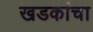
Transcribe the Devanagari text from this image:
खडकांचा